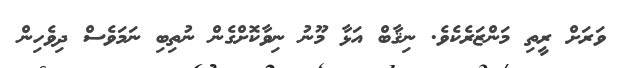
ވަރަށް ރީތި މަންޒަރެކެވެ. ނިޤާބް އަޅާ މޫނު ނިވާކޮށްގެން ނުތިބި ނަމަވެސް ދިވެހިން